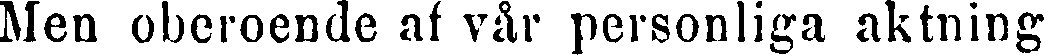
Men oberoende af vår personliga aktning